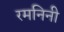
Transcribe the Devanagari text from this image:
रमनिनी